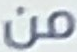
من